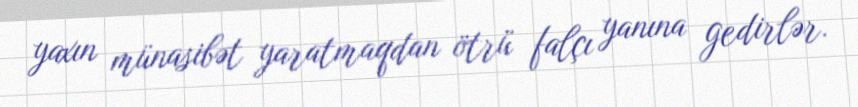
yaxın münasibət yaratmaqdan ötrü falçı yanına gedirlər.